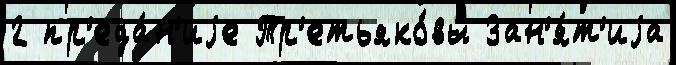
2 пр'еда́н'иjе Тр'етьяко́вы Зан'я́т'иjа